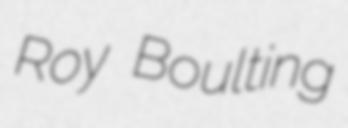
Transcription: Roy Boulting